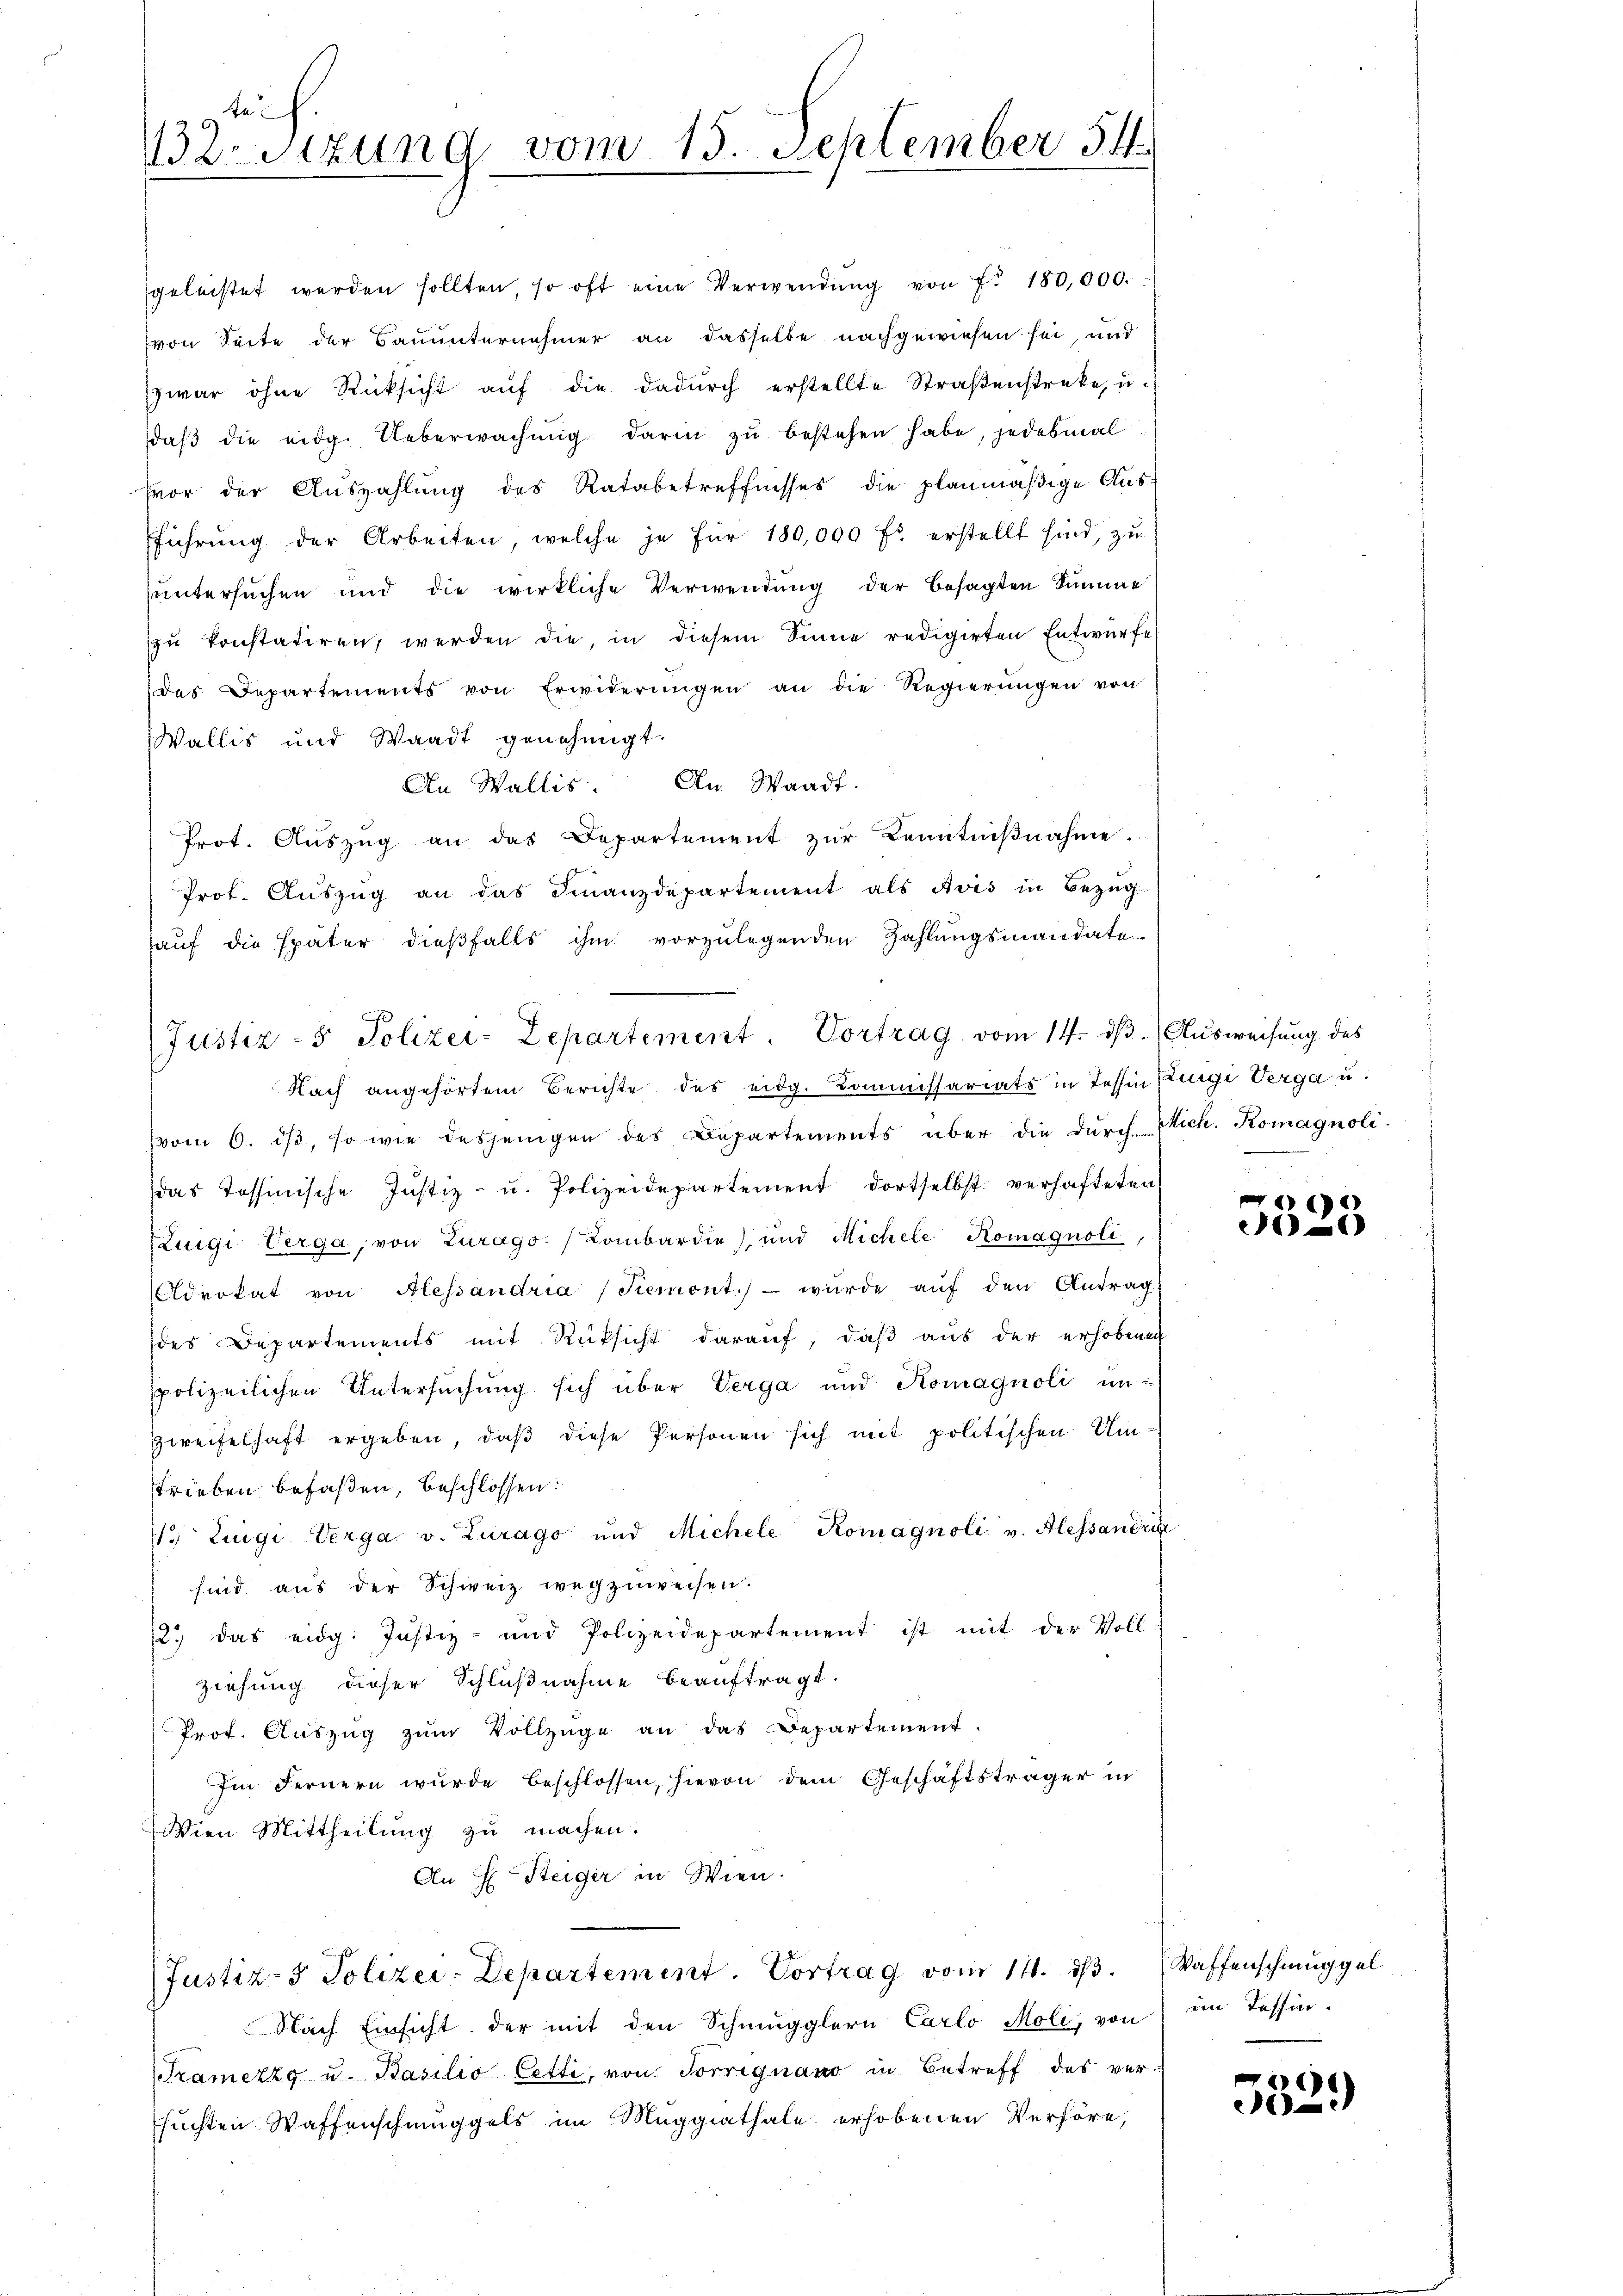
te
Zetzung vom 15. September 54.

geleistet werden sollten, so oft eine Verwendŭng von f. 180,000.
von Seite der Bauunternehmer an dasselbe nachgewiesen sei, und
zwar ohne Rücksicht aŭf die dadurch erstellte Straßenstreke, u.
daβ die eidg. Ueberwachŭng darin zu bestehen habe, jedesmal
hor der Aŭszahlŭng des Ratsbetreffnisses die planmäßige Ausfführŭng der Arbeiten, welche je für 180,000 fr. erstellt sind, zŭ
untersuchen und die wirkliche Verwendung der besagten Summe
zu konstatiren, werden die, in diesem Sinne redigirten Entwürfe
das Departements von Erwiderungen an die Regierungen von
Wallis und Waadt genehmigt.
An Wallis. An Waadt.
Prot. Aŭszŭg an das Departement zŭr Kenntniβnahme.
Prot. Aŭszŭg an das Finanzdepartement als Avis in Bezŭg
auf die später dieβfalls ihm vorzŭlegenden Zahlŭngsmandate
Nach angehörtem Berichte des eidg. Kommissariats in Tessin Kurgi Verga u.
vom 6. dβ, so wie desjenigen des Bepartements über die durch Mich. Komagnoli
das Tessinische Justiz- u. Polizeidepartement dortselbst verhafteten
Zuigi Verga, von Zurago / Kombardie) und Michele Komagnoli,
Advokat von Alessandria (Semont.) würde aŭf den Antrag
des Departements mit Rüksicht darauf, daß aus der erhobenen
spolizeilichen Untersuchung sich über Verga und Komagnoli un¬
Zweifelhaft ergeben, daß diese Personen sich mit politischen Umstrieben befaßen, beschlossen:
 Luigi Verga v. Zurago und Michele Romagnoli v. Alessandre
sind aus der Schweiz wegzuweisen.
12.) das eidg. Justiz- und Polizeidepartement ist mit der Voll-
ziehung dieser Schlußnahme beauftragt.
Prot. Aŭszŭg zŭm Vollzüge an das Departement.
Im Fernern wurde beschlossen, hievon dem Geschäftsträger in
Wien Mittheilung zu machen.
An H Steiger in Wien.

Justiz- & Polizei-Zepartement. Vortrag vom 14. dβ.  Ausweisung des

(Justiz- & Polizei-Departement. Vortrag vom 14. ds.

Nach Einsicht der mit den Schmugglern Carlo Moli, von im Tessin.
Trametzg u. Basilio Cetti, von Sorrignano in Betreff des ver-
suchten Waffenschmuggels im Maggiathale erhobenen Verhöre,

)
)

Waffenschmuggel

)
302.